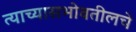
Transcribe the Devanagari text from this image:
त्याच्यासभोवतीलचे